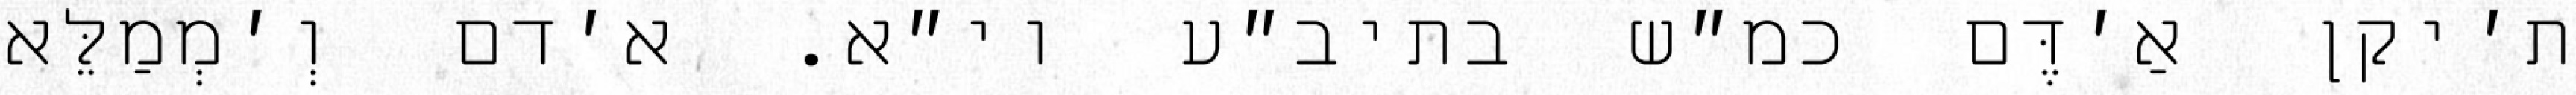
ת׳יקן אַ׳דֶּם כמ״ש בתיב״ע וי״א. א׳דם וְ׳מְמַלֵּא